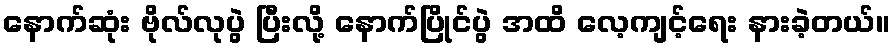
နောက်ဆုံး ဗိုလ်လုပွဲ ပြီးလို့ နောက်ပြိုင်ပွဲ အထိ လေ့ကျင့်ရေး နားခဲ့တယ်။